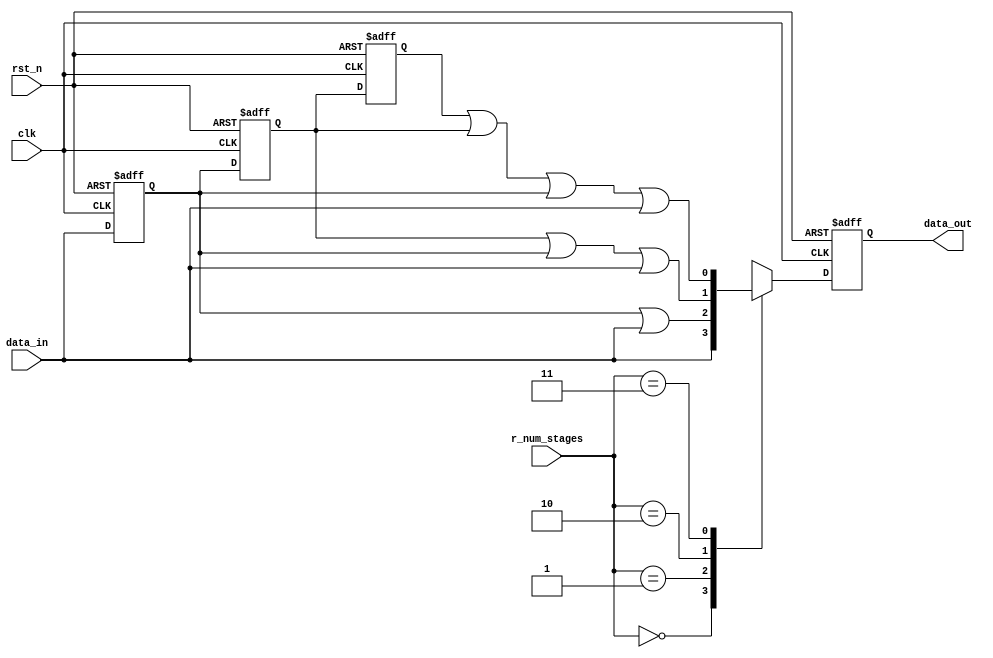
// SPDX-License-Identifier: Apache-2.0
// Copyright (C) 2019 Intel Corporation. 
//------------------------------------------------------------------------
// (C) 2009 Altera Corporation. .  
//
//------------------------------------------------------------------------
// Revision:    $Revision: #1 $
//------------------------------------------------------------------------
// Description: 
//
//------------------------------------------------------------------------

module cdclib_pulse_stretch 
   #(
      parameter RESET_VAL        = 0, // Reset value 
      parameter HIGH_PULSE       = 1  // High or low pulse
    )
  (
    input  wire         clk,         // clock
    input  wire         rst_n,       // async reset
    input  wire [1:0]   r_num_stages,  // number of stages required
    input  wire         data_in,     // data in
    output  reg         data_out     // stretched data out             
   );

   wire                         reset_value;
   assign reset_value = (RESET_VAL == 1) ? 1'b1 : 1'b0;  // To eliminate truncating warning

   reg                  data_d1, data_d2, data_d3, data_d4;
   reg                  data_out_comb;
      
   always @* begin
      data_out_comb = data_in;
      
      case (r_num_stages)
        2'b00: data_out_comb = data_in;
        2'b01: data_out_comb = HIGH_PULSE ? data_d1 | data_in : data_d1 & data_in;
        2'b10: data_out_comb = HIGH_PULSE ? data_d2 | data_d1 | data_in : data_d2 & data_d1 & data_in ;
        2'b11: data_out_comb = HIGH_PULSE ? data_d3 | data_d2 | data_d1 | data_in : data_d3 & data_d2 & data_d1 & data_in;
        default: data_out_comb = data_in;
      endcase // case(r_num_stages)
   end // always @ *

   always @(negedge rst_n or posedge clk) begin
      if (~rst_n) begin
         data_d1 <= reset_value;
         data_d2 <= reset_value;
         data_d3 <= reset_value;
         data_d4 <= reset_value;
         data_out <= reset_value;
      end
      else begin
         data_d1 <= data_in;
         data_d2 <= data_d1;
         data_d3 <= data_d2;
         data_d4 <= data_d3;
         data_out <= data_out_comb;
      end
   end // always @ (negedge rst_n or posedge clk)
      
endmodule // cdclib_pulse_stretch